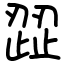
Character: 歰